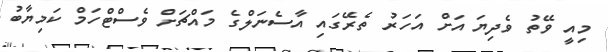
މިއީ ވޭތު ވެދިޔަ އަށް އަހަރު ތެރޭގައި އާސެނަލްގެ މައްޗަށް ވެސްޓްހަމް ކަމިޔާބު